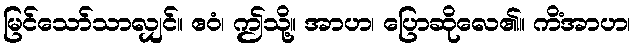
မြင်သော်သာလျှင်။ ဧဝံ၊ ဤသို့။ အာဟ၊ ပြောဆိုလေ၏။ ကိံအာဟ၊